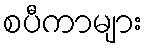
စပီကာများ